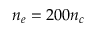
n _ { e } = 2 0 0 n _ { c }